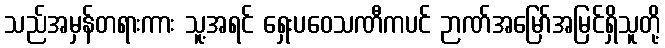
သည်အမှန်တရားကား သူ့အရင် ရှေးပဝေသဏီကပင် ဉာဏ်အမြော်အမြင်ရှိသူတို့